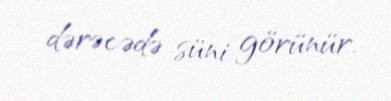
dərəcədə süni görünür.